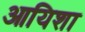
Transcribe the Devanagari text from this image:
आयिशा